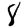
Digit: 8